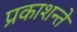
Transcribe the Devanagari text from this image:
प्रकाशन्ते